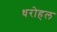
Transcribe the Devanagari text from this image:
धरोहल